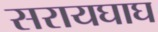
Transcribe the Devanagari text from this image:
सरायघाघ